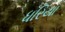
ધરિયા